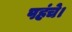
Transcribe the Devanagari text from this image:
पहंचे।